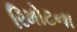
રિમોટના